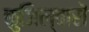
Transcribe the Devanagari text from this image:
कुजिल्वारों